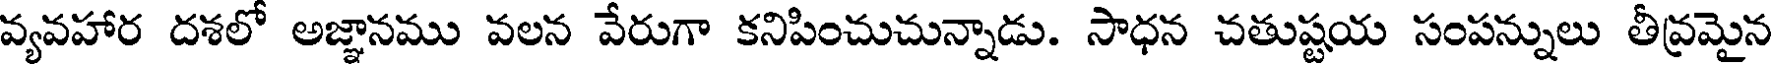
వ్యవహార దశలో అజ్ఞానము వలన వేరుగా కనిపించుచున్నాడు. సాధన చతుష్టయ సంపన్నులు తీవ్రమైన